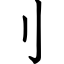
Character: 刂